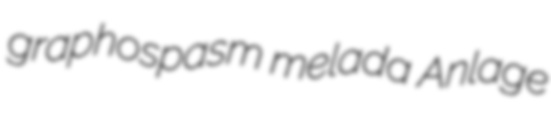
graphospasm melada Anlage